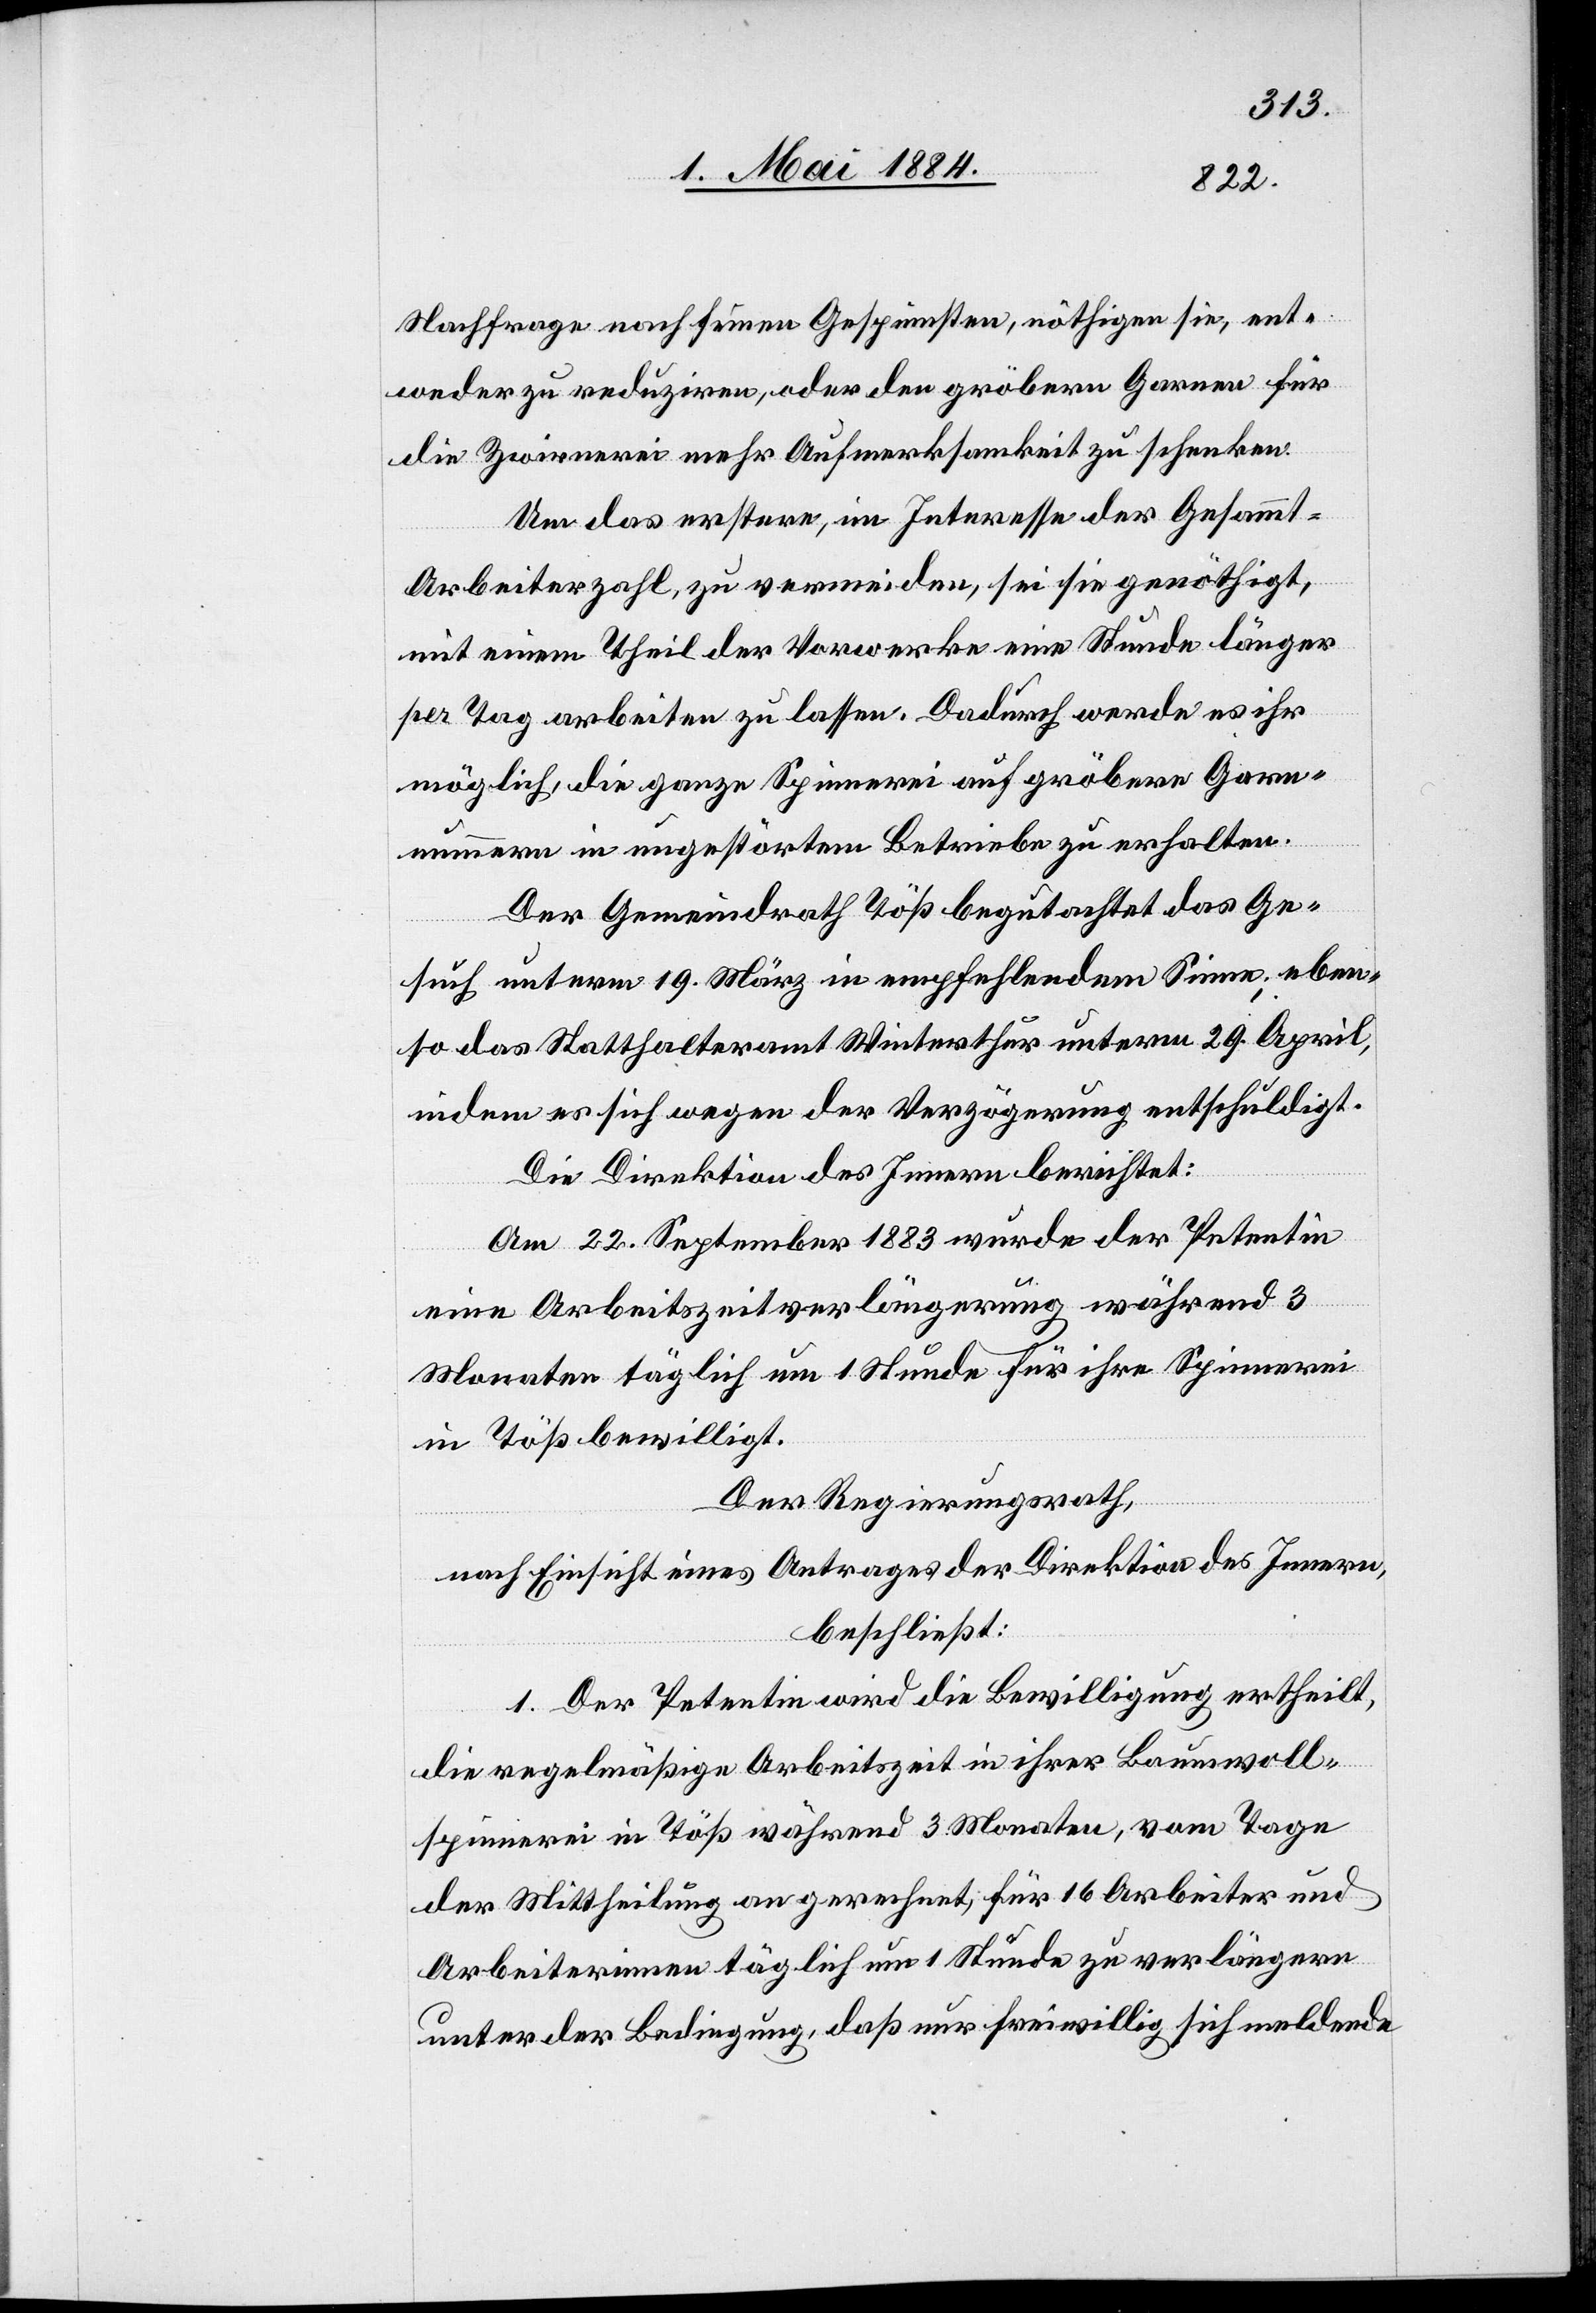
Nachfrage nach feinen Gespinnsten, nöthigen sie, ent¬
weder zu reduziren, oder den gröbern Garnen für
die Zwirnerei mehr Aufmerksamkeit zu schenken.
Um das erstere, im Interesse der Gesammt-A¬
rbeiterzahl, zu vermeiden, sei sie genöthigt,
mit einem Theil der Vorwerke eine Stunde länger
per Tag arbeiten zu lassen. Dadurch werde es ihr
möglich, die ganze Spinnerei auf gröbern Garnn¬
ummern in ungestörtem Betriebe zu erhalten.
Der Gemeindrath Töß begutachtet das Ge¬
such unterm 19. März in empfehlendem Sinne; eben¬
so das Statthalteramt Winterthur unterm 29. April,
indem es sich wegen der Verzögerung entschuldigt.
Die Direktion des Innern berichtet:
Am 22. September 1883 wurde der Petentin
eine Arbeitszeitverlängerung während 3
Monaten täglich um 1 Stunde für ihre Spinnerei
in Töß bewilligt.
Der Regierungsrath,
nach Einsicht eines Antrages der Direktion des Innern,
beschließt:
1. Der Petentin wird die Bewilligung ertheilt,
die regemäßige Arbeitszeit in ihrer Baumwoll¬
spinnerei in Töß während 3 Monaten, vom Tage
der Mittheilung an gerechnet, für 16 Arbeiter und
Arbeiterinnen täglich um 1 Stunde zu verlängern
unter der Bedingung, daß nur freiwillig sich meldende